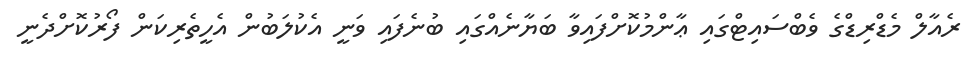
ރެއާލް މެޑްރިޑްގެ ވެބްސައިޓްގައި ޢާންމުކޮށްފައިވާ ބަޔާނެއްގައި ބުނެފައި ވަނީ އެކުލަބުން އެހީތެރިކަން ފޯރުކޮށްދެނީ